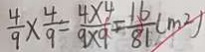
\frac { 4 } { 9 } \times \frac { 4 } { 9 } - \frac { 4 \times 4 } { 9 \times 9 } = \frac { 1 6 } { 8 1 } ( m ^ { 2 } )